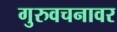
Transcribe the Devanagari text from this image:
गुरुवचनावर